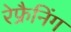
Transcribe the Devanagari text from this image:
रेफ्रैनिंग